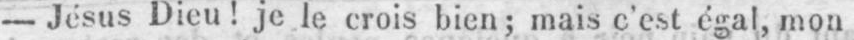
- Jésus Dieu! je le crois bien; mais c’est égal, mon